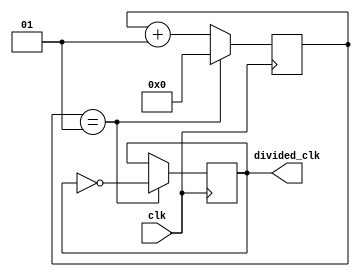
`timescale 1ns / 1ps

module clock_divider #(parameter div_value = 1)(
input wire clk, // 100MHz
output reg divided_clk = 0 // 25MHz
);

integer counter_value = 0;

always@ (posedge clk)
begin
    // keep counting until div value
	if (counter_value == div_value)
		counter_value <= 0;
	else
		counter_value <= counter_value+1;
end

always@ (posedge clk)
begin
	if (counter_value == div_value)
		divided_clk <= ~divided_clk;
    else
        divided_clk <= divided_clk;
end

endmodule